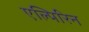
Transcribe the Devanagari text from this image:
एल्पिरिन